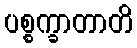
ပစ္စက္ခာတာတိ